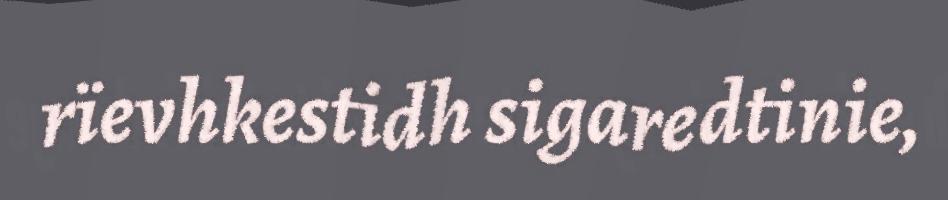
rïevhkestidh sigaredtinie,